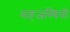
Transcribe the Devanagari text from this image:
सहजस्थिती